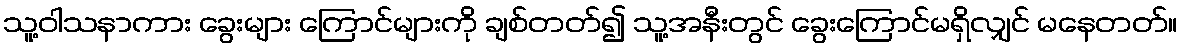
သူ့ဝါသနာကား ခွေးများ ကြောင်များကို ချစ်တတ်၍ သူ့အနီးတွင် ခွေးကြောင်မရှိလျှင် မနေတတ်။